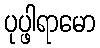
ပုပ္ဖါရာမော